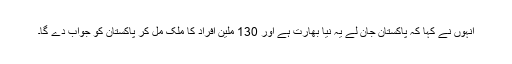
انہوں نے کہا کہ پاکستان جان لے یہ نیا بھارت ہے اور 130 ملین افراد کا ملک مل کر پاکستان کو جواب دے گا۔